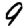
Digit: 9